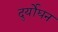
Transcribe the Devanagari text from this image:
दुर्योघन